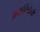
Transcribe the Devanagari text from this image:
अनामिकेची